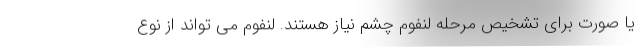
یا صورت برای تشخیص مرحله لنفوم چشم نیاز هستند. لنفوم می تواند از نوع